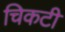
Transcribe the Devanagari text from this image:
चिकटी